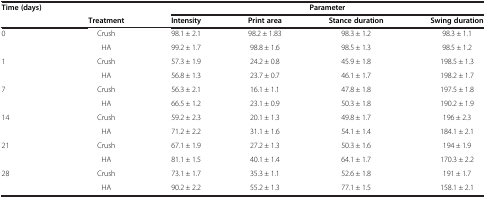
| Time (days) |  | <COLSPAN=4> Parameter |
 |  | Treatment | Intensity | Print area | Stance duration | Swing duration |
 | --- | --- | --- | --- | --- | --- |
 | 0 | Crush | 98.1 ± 2.1 | 98.2 ± 1.83 | 98.3 ± 1.2 | 98.3 ± 1.1 |
 |  | HA | 99.2 ± 1.7 | 98.8 ± 1.6 | 98.5 ± 1.3 | 98.5 ± 1.2 |
 | 1 | Crush | 57.3 ± 1.9 | 24.2 ± 0.8 | 45.9 ± 1.8 | 198.5 ± 1.3 |
 |  | HA | 56.8 ± 1.3 | 23.7 ± 0.7 | 46.1 ± 1.7 | 198.2 ± 1.7 |
 | 7 | Crush | 56.3 ± 2.1 | 16.1 ± 1.1 | 47.8 ± 1.8 | 197.5 ± 1.8 |
 |  | HA | 66.5 ± 1.2 | 23.1 ± 0.9 | 50.3 ± 1.8 | 190.2 ± 1.9 |
 | 14 | Crush | 59.2 ± 2.3 | 20.1 ± 1.3 | 49.8 ± 1.7 | 196 ± 2.3 |
 |  | HA | 71.2 ± 2.2 | 31.1 ± 1.6 | 54.1 ± 1.4 | 184.1 ± 2.1 |
 | 21 | Crush | 67.1 ± 1.9 | 27.2 ± 1.3 | 50.3 ± 1.6 | 194 ± 1.9 |
 |  | HA | 81.1 ± 1.5 | 40.1 ± 1.4 | 64.1 ± 1.7 | 170.3 ± 2.2 |
 | 28 | Crush | 73.1 ± 1.7 | 35.3 ± 1.1 | 52.6 ± 1.8 | 191 ± 1.7 |
 |  | HA | 90.2 ± 2.2 | 55.2 ± 1.3 | 77.1 ± 1.5 | 158.1 ± 2.1 |